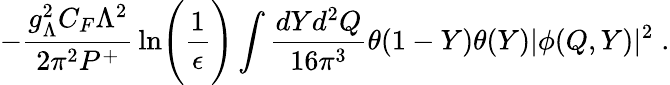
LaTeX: -{\frac{g_{\Lambda}^{2}C_{F}\Lambda^{2}}{2\pi^{2}P^{+}}}\ln\Biggl({\frac{1}{\epsilon}}\Biggr)\int{\frac{dYd^{2}Q}{16\pi^{3}}}\theta(1-Y)\theta(Y)|\phi(Q,Y)|^{2}\; .